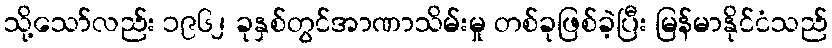
သို့သော်လည်း ၁၉၆၂ ခုနှစ်တွင်အာဏာသိမ်းမှု တစ်ခုဖြစ်ခဲ့ပြီး မြန်မာနိုင်ငံသည်